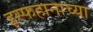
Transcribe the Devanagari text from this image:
इस्फहानाच्या